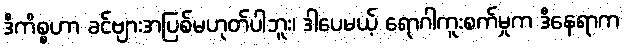
ဒီကိစ္စဟာ ခင်ဗျားအပြစ်မဟုတ်ပါဘူး၊ ဒါပေမယ့် ရောဂါကူးစက်မှုက ဒီနေရာက